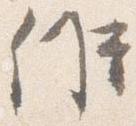
候